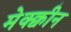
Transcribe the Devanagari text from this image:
मेक्क्वीन